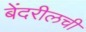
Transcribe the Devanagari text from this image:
बेंदरीलची